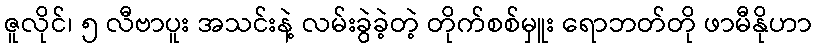
ဇူလိုင်၊ ၅ လီဗာပူး အသင်းနဲ့ လမ်းခွဲခဲ့တဲ့ တိုက်စစ်မှူး ရောဘတ်တို ဖာမီနိုဟာ